[Report on the health of British troops in the Madras command]
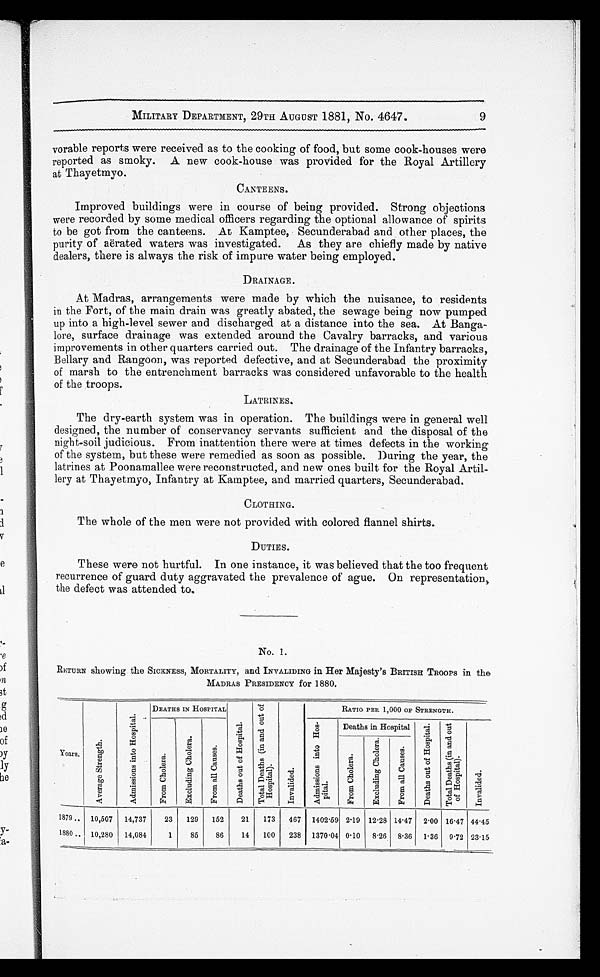
MILITARY DEPARTMENT, 29TH AUGUST 1881, No. 4647.
vorable reports were received as to the cooking of food, but some cook-houses were
reported as smoky. A new cook-house was provided for the Royal Artillery
at Thayetmyo.
CANTEENS.
Improved buildings were in course of being provided. Strong objections
were recorded by some medical officers regarding the optional allowance of spirits
to be got from the canteens. At Kamptee, Secunderabad and other places, the
purity of aërated waters was investigated. As they are chiefly made by native
dealers, there is always the risk of impure water being employed.
At Madras, arrangements were made by which the nuisance, to residents
in the Fort, of the main drain was greatly abated, the sewage being now pumped
up into a high-level sewer and discharged at a distance into the sea. At Banga
-lore, surface drainage was extended around the Cavalry barracks, and various
improvements in other quarters carried out. The drainage of the Infantry barracks,
Bellary and Rangoon, was reported defective, and at Secunderabad the proximity
of marsh to the entrenchment barracks was considered unfavorable to the health
of the troops.
LATRINES.
The dry-earth system was in operation. The buildings were in general well
designed, the number of conservancy servants sufficient and the disposal of the
night-soil judicious. From inattention there were at times defects in the working
of the system, but these were remedied as soon as possible. During the year, the
latrines at Poonamallee were reconstructed, and new ones built for the Royal Artil
-lery at Thayetmyo, Infantry at Kamptee, and married quarters, Secunderabad.
CLOTHING.
The whole of the men were not provided with colored flannel shirts.
DUTIES.
These were not hurtful. In one instance, it was believed that the too frequent
recurrence of guard duty aggravated the prevalence of ague. On representations
the defect was attended to.
No. 1.
RETURN showing the SICKNESS, MORTALITY, and. INVALIDING in Her Majesty's BRITISH TROOPS in the
MADRAS PRESIDENCY for 1880.
Years.
A v e r g e S t r e n g t h .
A d m i s s i o n s i n t o H o s p i t a l .
DEATHS IN HOSPITAL
D e a t h s o u t o f H o s p i t a l .
T o t a l D e a t h s ( i n a n d o u t o f H o s p i t a l ) .
I n v a l i d e d .
RATIO PER 1,000 OF STRENGTH.
F r o m C h o l e r a .
E x c l u d i n g C h o l e r a .
F r o m a l l C a u s e s .
A d m i s s i o n s i n t o H o s p i t a l .
Deaths in Hospital
D e a t h s o u t o f H o s p i t a l .
T o t a l D e a t h s ( i n a n d o u t o f H o s p i t a l ) .
I n v a l i d e d .
F r o m C h o l e r a .
E x c l u d i n g C h o l e r a .
F r o m a l l C a u s e s .
1879 . . . 10,507 14,737
23
129
152
21
173
467 1402.59 2.19 12.28 14.47 2.00 16.47 44.45
1880 . . . 10,280
14,084
1
85
86
14
100
238 1370.04 0.10
8.26 8.36 1.36 9.72 23.15
9